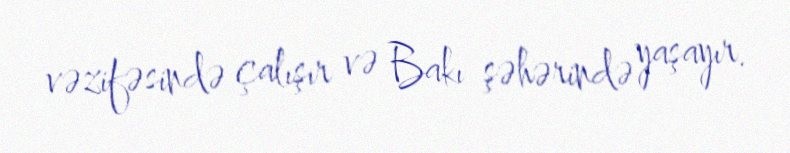
vəzifəsində çalışır və Bakı şəhərində yaşayır.